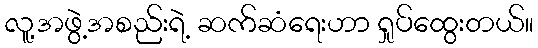
လူ့အဖွဲ့အစည်းရဲ့ ဆက်ဆံရေးဟာ ရှုပ်ထွေးတယ်။